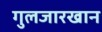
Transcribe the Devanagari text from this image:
गुलजारखान